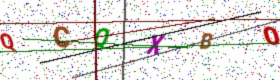
Text: QCQXBO